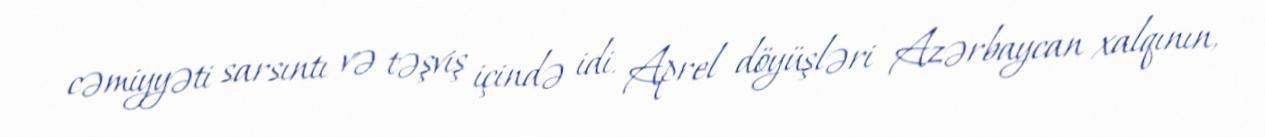
cəmiyyəti sarsıntı və təşviş içində idi. Aprel döyüşləri Azərbaycan xalqının,